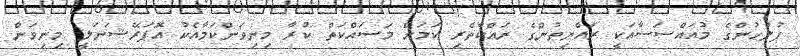
ފުލުހުންގެ މުއައްސަސާއަކީ ރައްޔިތުންގެ ރައްކާތެރި ކަމަށް މަސައްކަތް ކުރާ މިނިވަންކަމާއެކު އޮޕަރޭޝަނަލީ މިނިވަން